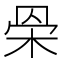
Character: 𣐷